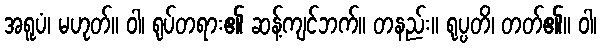
အရူပံ၊ မဟုတ်။ ဝါ၊ ရုပ်တရား၏ ဆန့်ကျင်ဘက်။ တနည်း။ ရုပ္ပတိ၊ တတ်၏။ ဝါ၊